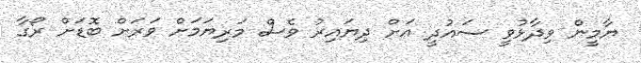
ޔާމީން ވިދާޅުވީ ސައުދީ އަށް ދިޔައިރު ވެސް މަރިޔަމަށް ވަރަށް ބޮޑަށް ރޯގާ